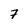
Character: 7